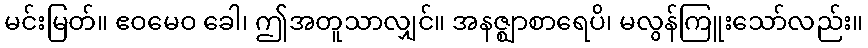
မင်းမြတ်။ ဧဝမေဝ ခေါ၊ ဤအတူသာလျှင်။ အနဇ္ဈာစာရေပိ၊ မလွန်ကြူးသော်လည်း။